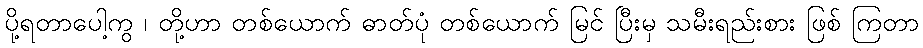
ပို့ရတာပေါ့ကွ ၊ တို့ဟာ တစ်ယောက် ဓာတ်ပုံ တစ်ယောက် မြင် ပြီးမှ သမီးရည်းစား ဖြစ် ကြတာ